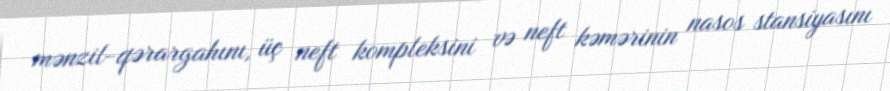
mənzil-qərargahını, üç neft kompleksini və neft kəmərinin nasos stansiyasını